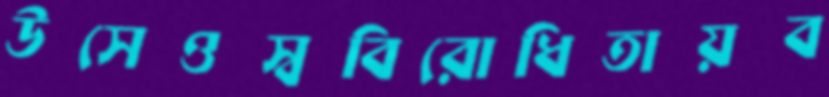
উসেওস্ববিরোধিতায়ব